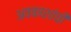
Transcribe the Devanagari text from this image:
अवकाशांची